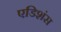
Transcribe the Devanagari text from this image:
एडिशंस